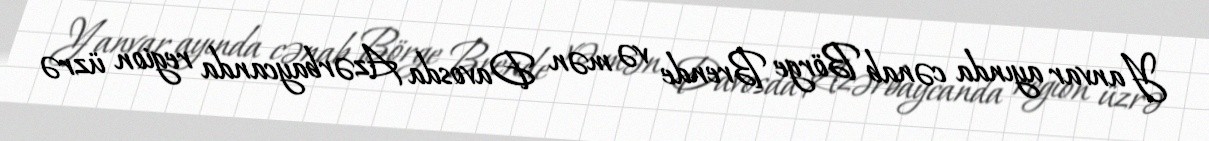
Yanvar ayında cənab Börge Brende və mən Davosda Azərbaycanda region üzrə